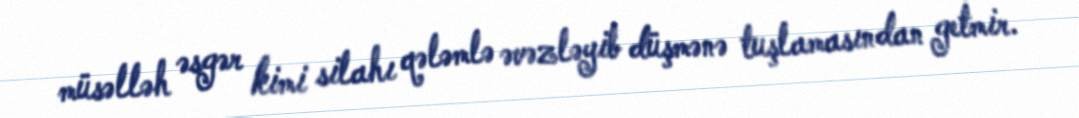
müsəlləh əsgər kimi silahı qələmlə əvəzləyib düşmənə tuşlamasından getmir.